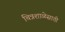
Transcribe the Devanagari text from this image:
चित्रशाळेसाठी